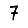
Digit: 7